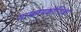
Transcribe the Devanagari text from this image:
शल्कायकोशिका